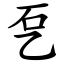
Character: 乭